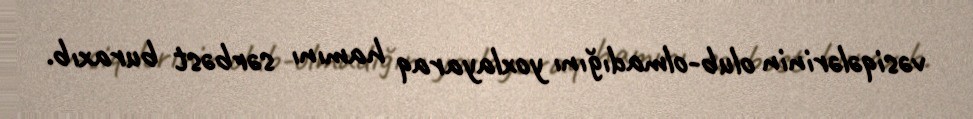
vəsiqələrinin olub-olmadığını yoxlayaraq hamını sərbəst buraxıb.